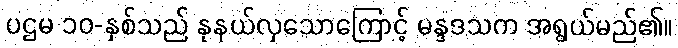
ပဌမ ၁၀-နှစ်သည် နုနယ်လှသောကြောင့် မန္ဒဒသက အရွယ်မည်၏။